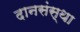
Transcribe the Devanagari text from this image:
दानसंस्था